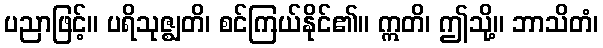
ပညာဖြင့်။ ပရိသုဇ္ဈတိ၊ စင်ကြယ်နိုင်၏။ ဣတိ၊ ဤသို့။ ဘာသိတံ၊